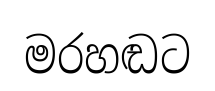
මරහඬට